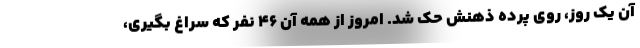
آن يك روز، روي پرده ذهنش حك شد. امروز از همه آن 46 نفر كه سراغ بگيري،